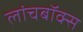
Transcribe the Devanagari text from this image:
लांचबॉक्स